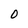
Character: O